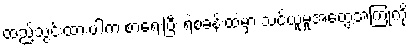
ထည့်သွင်းထားပါက စာရေးပြီး ရဲစခန်းထဲမှာ သင်ယူမှုအတွေ့အကြုံကို